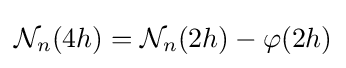
{\mathcal {N}}_{n}(4h)={\mathcal {N}}_{n}(2h)-\varphi (2h)